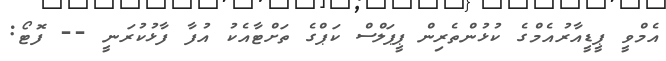
އެމްވީ ޕީޑީއާރުއެމްގެ ކުޅުންތެރިން ޕީޕަލްސް ކަޕްގެ ތަށްޓާއެކު އުފާ ފާޅުކުރަނީ -- ފޮޓޯ: